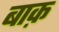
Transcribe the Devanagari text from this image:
बाक़